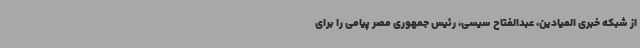
از شبکه خبری المیادین، عبدالفتاح سیسی، رئیس جمهوری مصر پیامی را برای